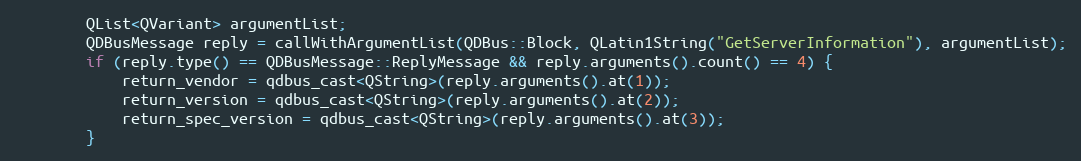
Language: C
        QList<QVariant> argumentList;
        QDBusMessage reply = callWithArgumentList(QDBus::Block, QLatin1String("GetServerInformation"), argumentList);
        if (reply.type() == QDBusMessage::ReplyMessage && reply.arguments().count() == 4) {
            return_vendor = qdbus_cast<QString>(reply.arguments().at(1));
            return_version = qdbus_cast<QString>(reply.arguments().at(2));
            return_spec_version = qdbus_cast<QString>(reply.arguments().at(3));
        }